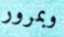
وبمرور